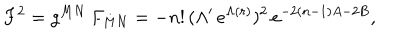
F ^ { 2 } = g ^ { M N } \, F _ { M N } = - n ! \, ( \Lambda ^ { \prime } \, e ^ { \Lambda ( r ) } ) ^ { 2 } \, e ^ { - 2 ( n - 1 ) A - 2 B } ,